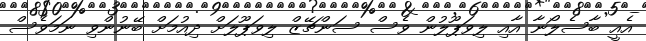
އެއީ ބާސެލޯނާ އާއި ލިވަޕޫލުން ވެސް ސަންޗޭޒް ލިވަޕޫލަށް ދިއުމަށް ބޭނުންވި ނަމަވެސް